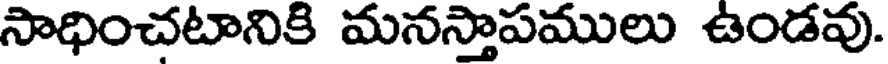
సాధించటానికి మనస్తాపములు ఉండవు.